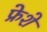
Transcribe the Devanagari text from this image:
फ्रेशे